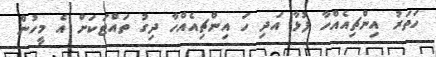
ހަތަރު އިންޗިއެއްހާ ފުޅާ އަދި ހަ އިންޗިއެއްހާ ދިގު ތައްޓަކަށް އެ މީހުން